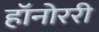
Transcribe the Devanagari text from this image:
हॉनोररी